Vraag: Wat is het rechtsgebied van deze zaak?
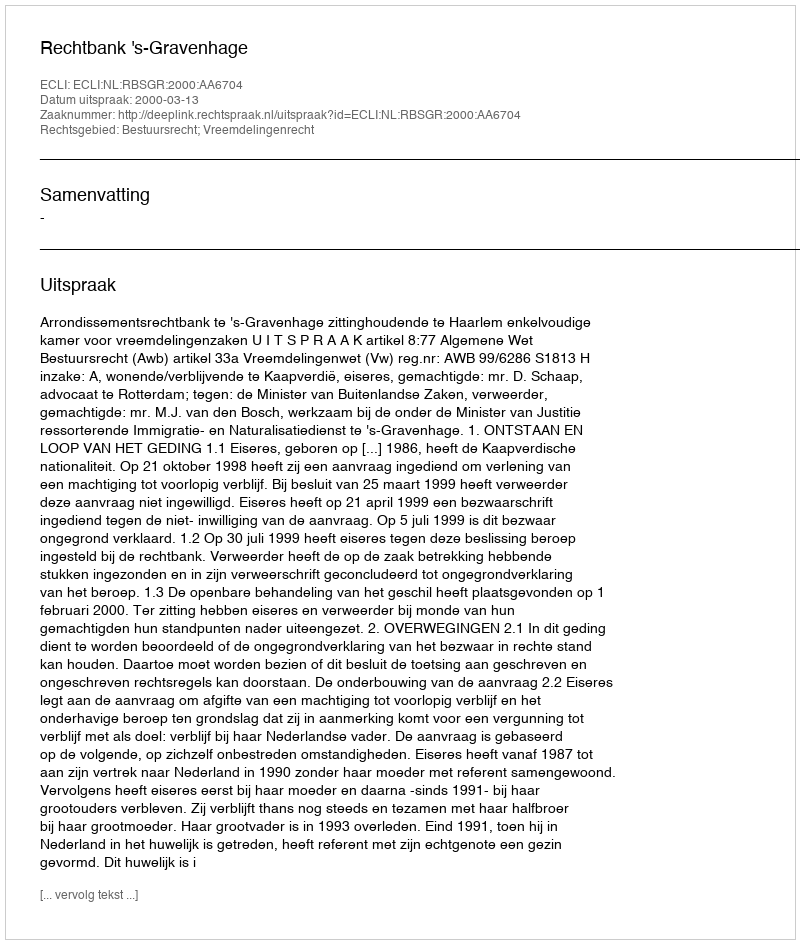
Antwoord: Bestuursrecht; Vreemdelingenrecht